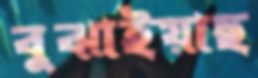
বুঝাইয়াছ